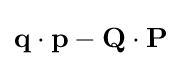
\mathbf {q} \cdot \mathbf {p} -\mathbf {Q} \cdot \mathbf {P}